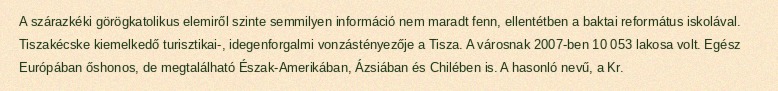
A szárazkéki görögkatolikus elemiről szinte semmilyen információ nem maradt fenn, ellentétben a baktai református iskolával. Tiszakécske kiemelkedő turisztikai-, idegenforgalmi vonzástényezője a Tisza. A városnak 2007-ben 10 053 lakosa volt. Egész Európában őshonos, de megtalálható Észak-Amerikában, Ázsiában és Chilében is. A hasonló nevű, a Kr.